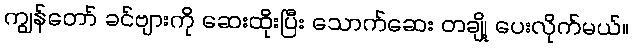
ကျွန်တော် ခင်ဗျားကို ဆေးထိုးပြီး သောက်ဆေး တချို့ ပေးလိုက်မယ်။